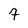
Character: 9